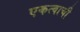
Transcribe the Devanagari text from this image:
एकत्वाची